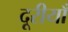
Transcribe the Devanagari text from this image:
दूरीयाँ